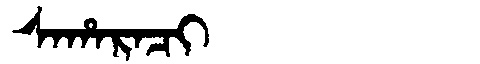
Manchu: ᠰᠠᡥᠠᡵᠠᠴᡳ
Romanization: SAHARACI